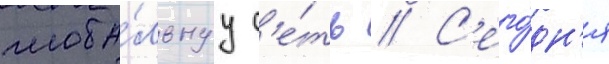
глоба́льнуу с'е́ть // С'его́дн'я